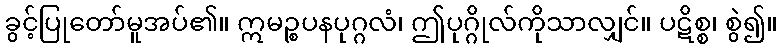
ခွင့်ပြုတော်မူအပ်၏။ ဣမဉ္စပနပုဂ္ဂလံ၊ ဤပုဂ္ဂိုလ်ကိုသာလျှင်။ ပဋိစ္စ၊ စွဲ၍။